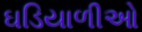
ઘડિયાળીઓ